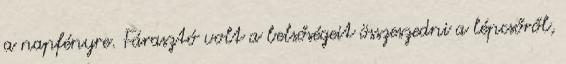
a napfényre. Fárasztó volt a belsőségeit összeszedni a lépcsőről,